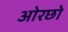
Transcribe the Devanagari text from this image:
ओरछो